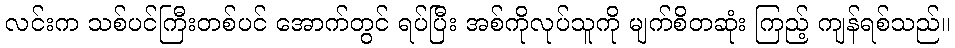
လင်းက သစ်ပင်ကြီးတစ်ပင် အောက်တွင် ရပ်ပြီး အစ်ကိုလုပ်သူကို မျက်စိတဆုံး ကြည့် ကျန်ရစ်သည်။